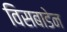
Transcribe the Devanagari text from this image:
विसबाडेन